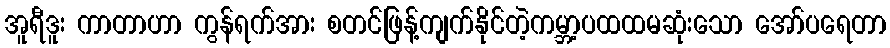
အူရီဒူး ကာတာဟာ ကွန်ရက်အား စတင်ဖြန့်ကျက်နိုင်တဲ့ကမ္ဘာ့ပထထမဆုံးသော အော်ပရေတာ